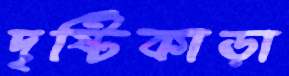
দৃষ্টিকাড়া